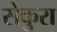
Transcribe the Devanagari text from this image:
सेकुरा